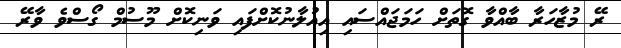
ރޭ މުޒާހަރާ ބާއްވާ ގޮތަށް ހަމަޖައްސައި އިއުލާނުކޮށްފައި ވަނިކޮށް މޫސުމް ގޯސްވެ ވާރޭ